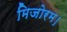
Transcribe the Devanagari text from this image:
मिजोरम।